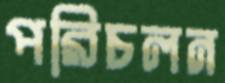
পরিচলন